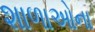
શાળાઓના